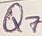
Text: Q7